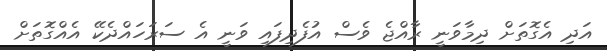
އަދި އެގޮތަށް ދިމާވަނީ ރާއްޖެ ވެސް އުފެދިފައި ވަނީ އެ ސަރަހައްދެކޭ އެއްގޮތަށް